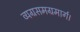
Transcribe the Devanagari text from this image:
व्यग्रसमग्रमार्ग।